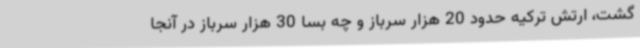
گشت، ارتش ترکیه حدود 20 هزار سرباز و چه بسا 30 هزار سرباز در آنجا